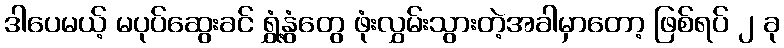
ဒါပေမယ့် မပုပ်ဆွေးခင် ရွှံ့နွံတွေ ဖုံးလွှမ်းသွားတဲ့အခါမှာတော့ ဖြစ်ရပ် ၂ ခု